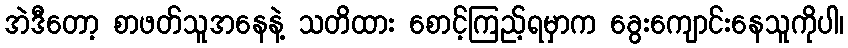
အဲဒီတော့ စာဖတ်သူအနေနဲ့ သတိထား စောင့်ကြည့်ရမှာက ခွေးကျောင်းနေသူကိုပါ၊